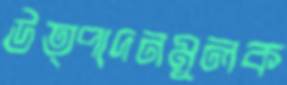
উত্পাদনমূলক